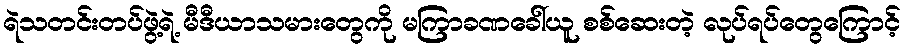
ရဲသတင်းတပ်ဖွဲ့ရဲ့ မီဒီယာသမားတွေကို မကြာခဏခေါ်ယူ စစ်ဆေးတဲ့ လုပ်ရပ်တွေကြောင့်